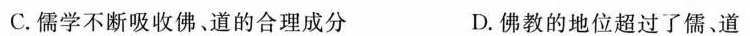
C.儒学不断吸收佛、道的合理成分 D.佛教的地位超过了儒、道